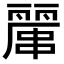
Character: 𠁖